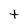
Character: t